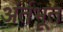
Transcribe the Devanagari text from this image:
अंर्तभूत